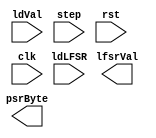
module lfsr (
	     output [31:0] lfsrVal, // lfsr current value
	     output [7:0]  psrByte, // psuedo random byte
	     input [31:0]  ldVal, //  load value to LFSR
             input 	   ldLFSR, // load the LFSR, up to 32 bits
             input 	   step,    // advance the LFSR 
	     input 	   rst,
	     input 	   clk);

endmodule // lfsr